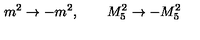
m ^ { 2 } \rightarrow - m ^ { 2 } , \qquad M _ { 5 } ^ { 2 } \rightarrow - M _ { 5 } ^ { 2 }